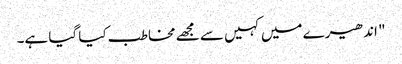
" اندھیرے میں کہیں سے مجھے مخاطب کیا گیا ہے۔